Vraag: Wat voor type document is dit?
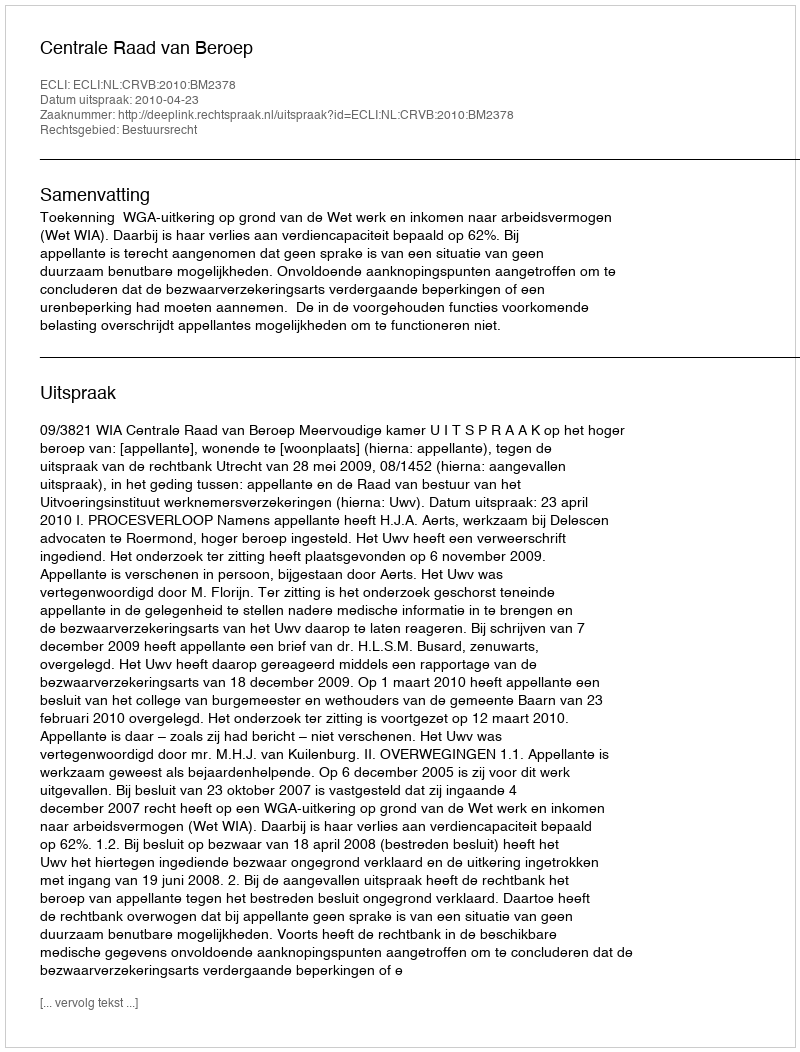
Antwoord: Uitspraak